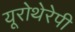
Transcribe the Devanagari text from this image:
यूरोथेरेपी